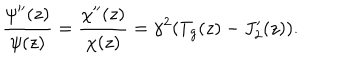
LaTeX: \frac { \psi ^ { \prime \prime } ( z ) } { \psi ( z ) } = \frac { \chi ^ { \prime \prime } ( z ) } { \chi ( z ) } = \gamma ^ { 2 } ( T _ { g } ( z ) - J _ { 2 } ^ { \prime } ( z ) ) .